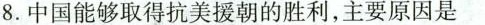
8.中国能够取得抗美援朝的胜利，主要原因是